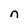
Character: n